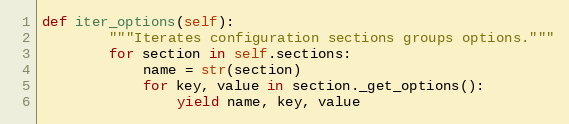
Language: Python
def iter_options(self):
        """Iterates configuration sections groups options."""
        for section in self.sections:
            name = str(section)
            for key, value in section._get_options():
                yield name, key, value